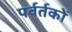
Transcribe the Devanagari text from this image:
पर्वर्तकों